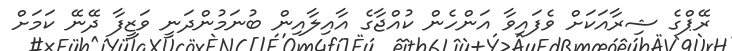
ރޭޕްގެ ޝިރާއަކަށް ވެފައިވާ އަންހެން ކުއްޖާގެ އާއިލާއިން ބުނަމުންދަނީ ވަޒީފާ ދޭނޭ ކަމަށް